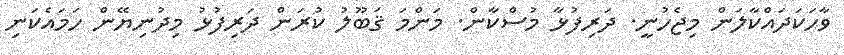
ވާހަކަދައްކާލަން މިޖެހުނީ. ދަރިފުޅާ މުސްކާން. މަންމަ ޤަބޫލު ކުރަން ދަރިފުޅު މިދުނިޔޭން ހަމައެކަނި